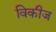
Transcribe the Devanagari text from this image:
विकीज